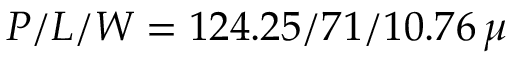
P / L / W = 1 2 4 . 2 5 / 7 1 / 1 0 . 7 6 \, \mu